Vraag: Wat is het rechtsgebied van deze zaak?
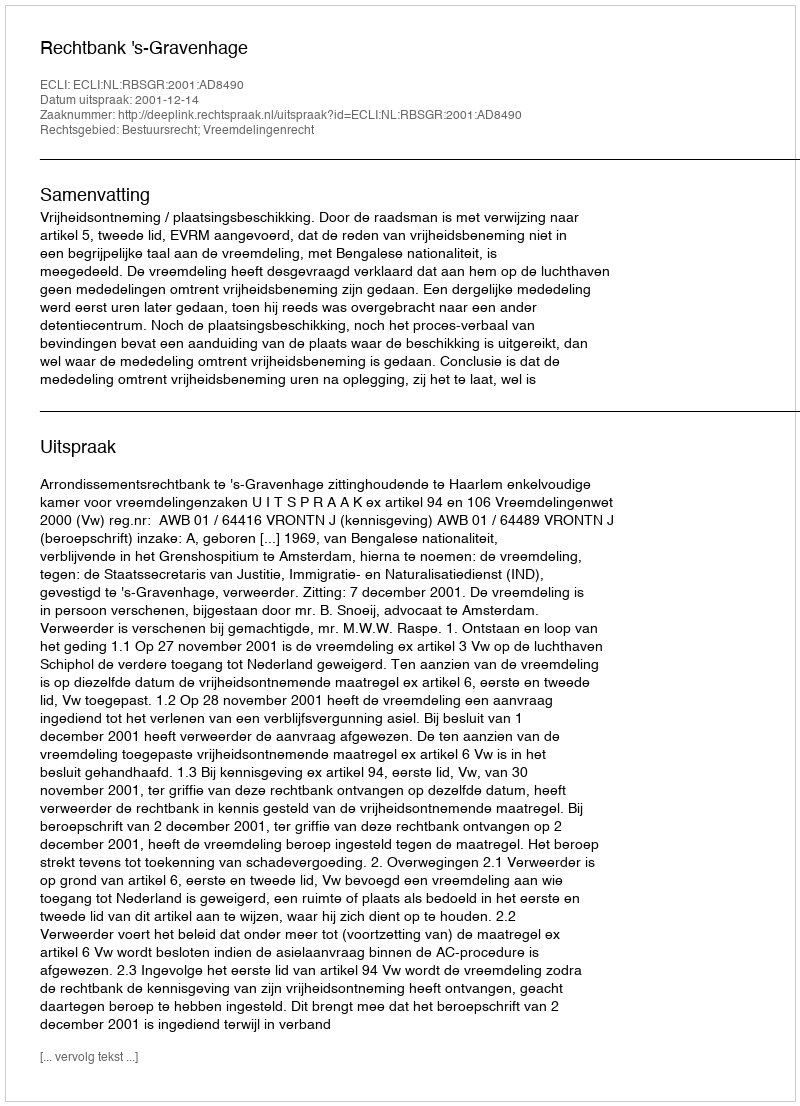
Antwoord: Bestuursrecht; Vreemdelingenrecht